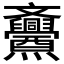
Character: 𱡧